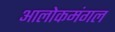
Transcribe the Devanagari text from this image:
आलोकमंगल